Annual report of the Civil Veterinary Department, Bengal, for the year 1897-98 - 1897-1898
Year: 1897
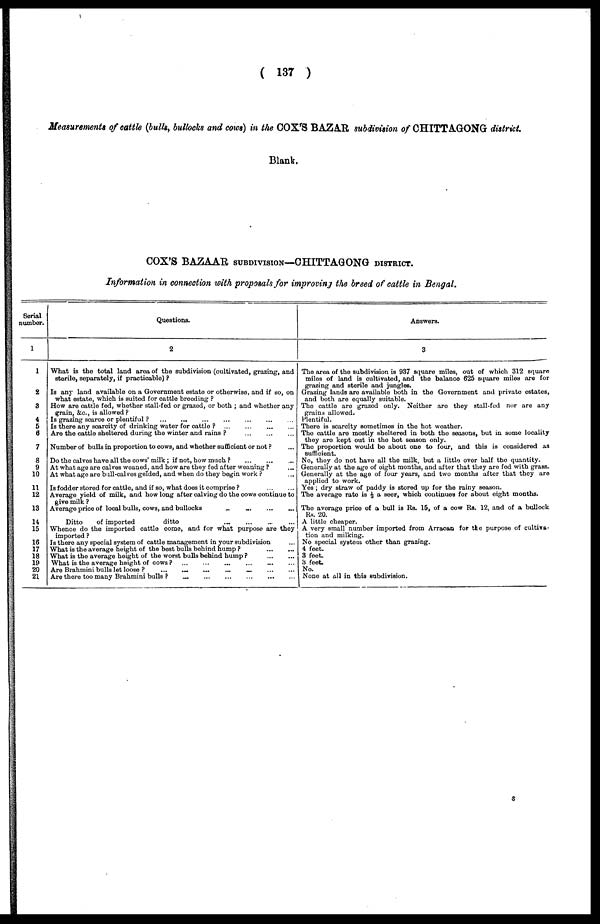
( 137 )
Measurements of cattle (bulls, bullocks and cows) in the COX'S BAZAR, subdivision of CHITTAGONG district.
Blank.
COX'S BAZAAR, SUBDIVISION—CHITTAGONG DISTRICT.
Information in connection with proposals for improving the breed of cattle in Bengal.
Serial
number.
1
1
2
3
4
5
6
7
8
9
10
11
12
13
14
15
16
17
18
19
20
21
Questions.
2
What is the total land area of the subdivision (cultivated, grazing, and
sterile, separately, if practicable) ?
Is any land available on a Government estate or otherwise, and if so, on
what estate, which is suited for cattle breeding ?
How are cattle fed, whether stall-fed or grazed, or both ; and whether any
grain, &c, is allowed ?
Is grazing scarce or plentiful ?
...
...
...
...
...
...
Is there any scarcity of drinking water for cattle ?
...
...
...
...
Are the cattle sheltered during the winter and rains ?
...
...
...
Number of bulls in proportion to cows, and whether sufficient or not ? ...
Do the calves have all the cows' milk; if not, how much ? ... ... ...
At what age are calves weaned, and how are they fed after weaning ? ...
At what age are bull-calves gelded, and when do they begin work ? ...
Is fodder stored for cattle, and if so, what does it comprise ?
...
...
Average yield of milk, and how long after calving do the cows continue to
give milk ?
Average price of local bulls, cows, and bullocks ... ... ... ...
Ditto
of imported
ditto
Whence do the imported cattle come, and for what purpose are they
imported ?
Is there any special system of cattle management in your subdivision
What is the average height of the best bulls behind hump ?
...
...
What is the average height of the worst bulls behind hump?
...
...
What is the average height of cows ?
...
...
Are Brahmini bulls let loose ?
...
...
...
...
...
...
Are there too many Brahmini bulls ?
...
...
...
...
Answers.
3
The area of the subdivision is 937 square miles, out of which 312 square
miles of land is cultivated, and the balance 625 square miles are for
grazing and sterile and jungles.
Grazing lands are available both in the Government and private estates,
and both are equally suitable.
The cattle are grazed only. Neither are they stall-fed nor are any
grains allowed.
Plentiful.
There is scarcity sometimes in the hot weather.
The cattle are mostly sheltered in both the seasons, but in some locality
they are kept out in the hot season only.
The proportion would be about one to four, and this is considered as
Sufficient.
No, they do not have all the milk, but a little over half the quantity.
Generally at the age of eight months, and after that they are fed with grass.
Generally at the age of four years, and two months after that they are
applied to work.
Yes; dry straw of paddy is stored up for the rainy season.
The average rate is ½ a seer, which continues for about eight months.
The average price of a bull is Rs. 15, of a cow Rs. 12, and of a bullock
Rs. 20.
A little cheaper.
A very small number imported from Arracan for the purpose of cultiva-
tion and milking.
No special system other than grazing.
4 feet.
3 feet.
3 feet.
No.
None at all in this subdivision.
s